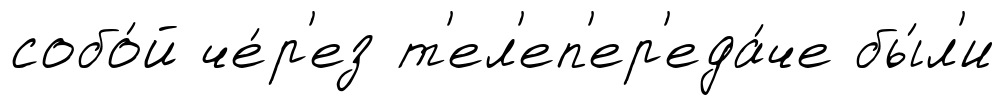
собо́й че́р'ез т'ел'еп'ер'еда́че бы́л'и